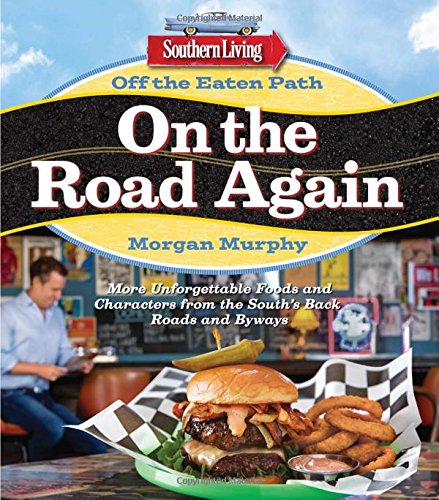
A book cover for Southern Living Off the Eaten Path: On the Road Again: More Unforgettable Foods and Characters from the South's Back Roads and Byways; Morgan Murphy; Cookbooks, Food & Wine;